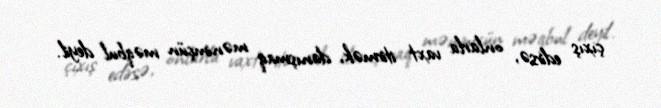
çıxış edirsə, onlarla vaxt itirmək, danışmaq mənimçün məqbul deyil.